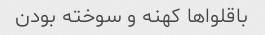
باقلوا‌ها کهنه و سوخته بودن